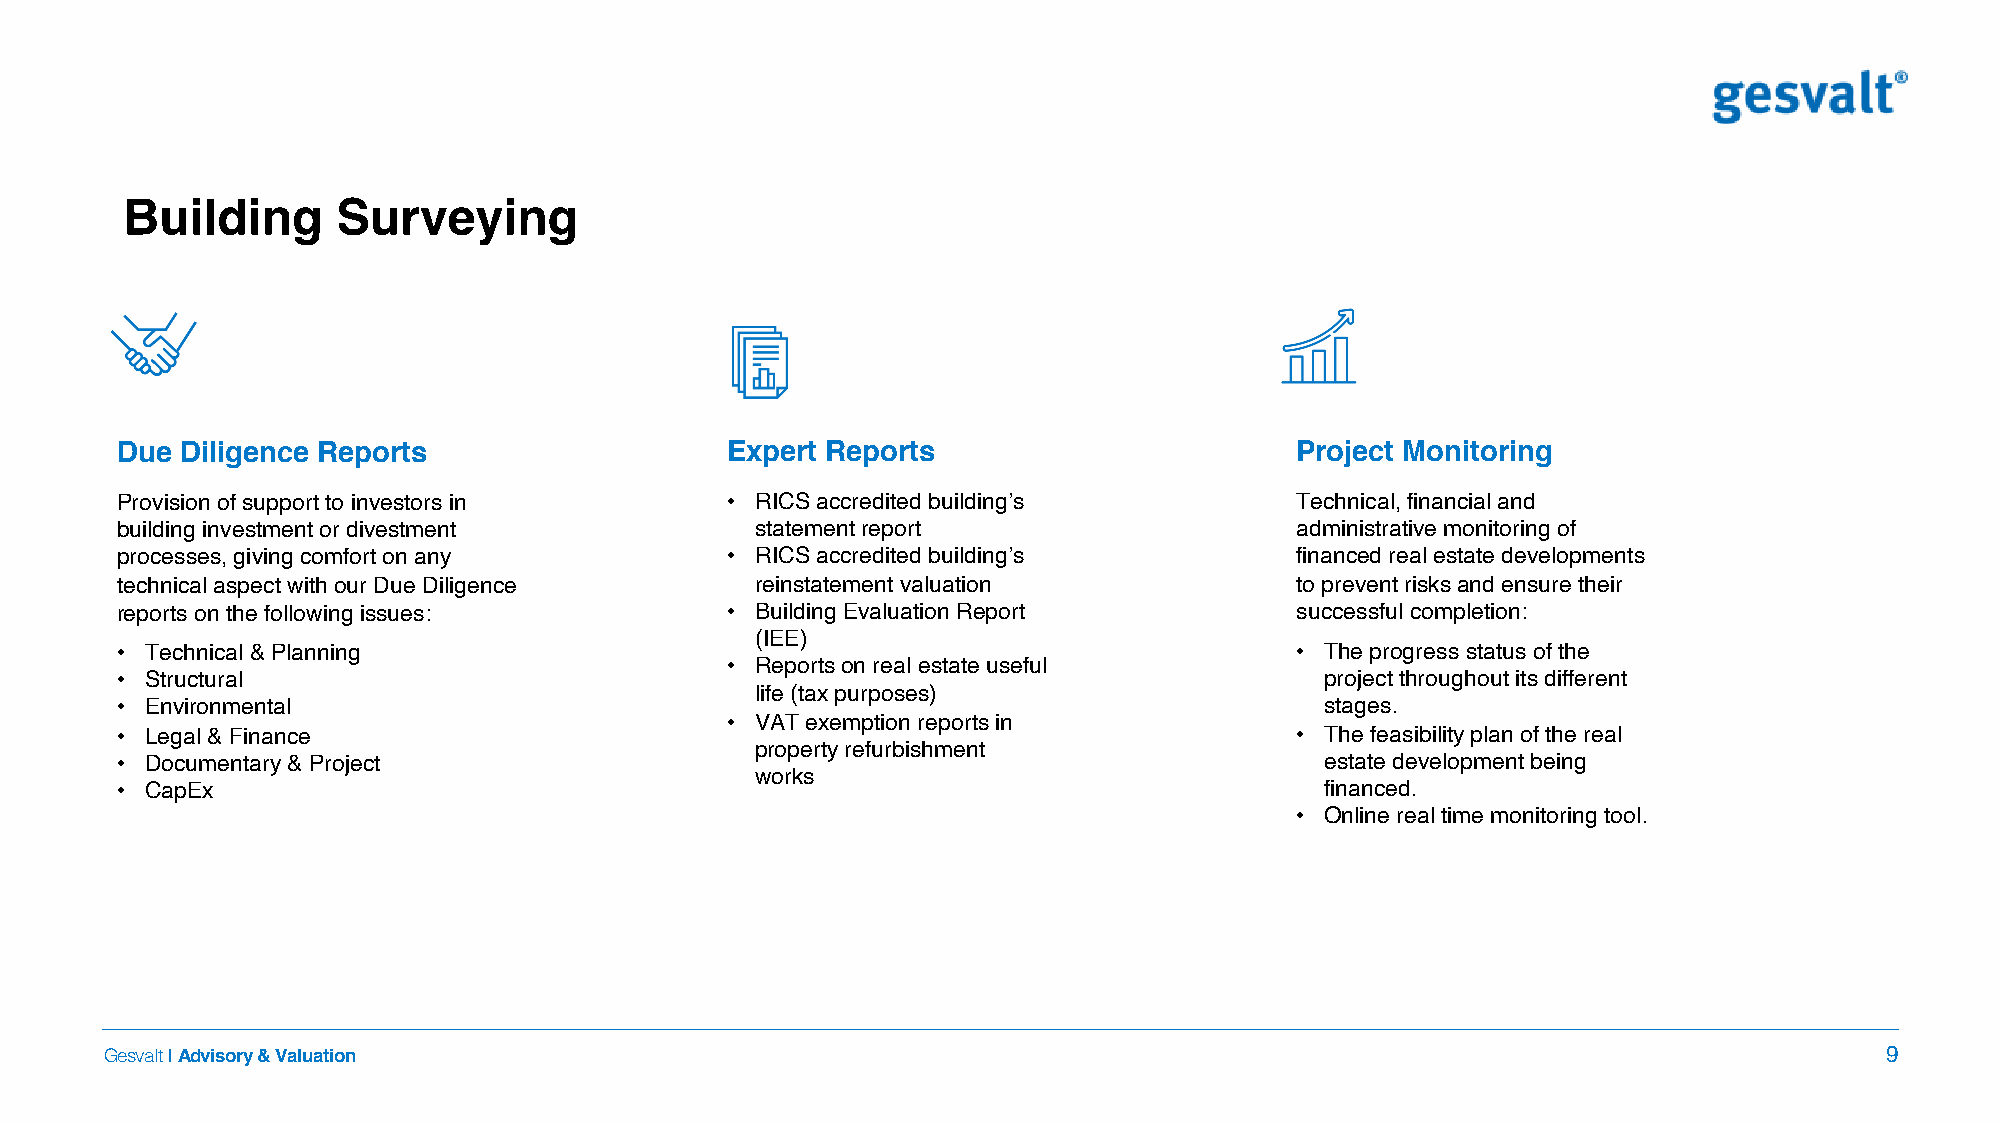
Building      Surveying
 Due Diligence Reports                   Expert Reports                        Project Monitoring
 Provision of support to investors in    • RICS accredited building’s          Technical, financial and
 building investment or divestment         statement report                    administrative monitoring of
 processes, giving comfort on any        • RICS accredited building’s          financed real estate developments
 technical aspect with our Due Diligence   reinstatement valuation             to prevent risks and ensure their
 reports on the following issues:        • Building Evaluation Report          successful completion:
 (IEE)
 • Technical & Planning                                                        • The progress status of the
 • Reports on real estate useful
 • Structural                                                                    project throughout its different
 life (tax purposes)
 • Environmental                                                                 stages.
 • VAT exemption reports in
 • Legal & Finance                                                             • The feasibility plan of the real
 property refurbishment
 • Documentary & Project                                                         estate development being
 works
 • CapEx                                                                         financed.
 • Online real time monitoring tool.
 Gesvalt|Advisory & Valuation                                                                                          9